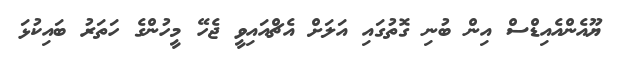
ޔޫއެންއެއިޑްސް އިން ބުނި ގޮތުގައި އަލަށް އެޗްއައިވީ ޖެހޭ މީހުންގެ ހަތަރު ބައިކުޅަ